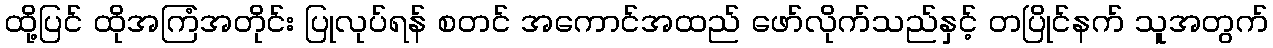
ထို့ပြင် ထိုအကြံအတိုင်း ပြုလုပ်ရန် စတင် အကောင်အထည် ဖော်လိုက်သည်နှင့် တပြိုင်နက် သူအတွက်